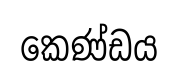
කෙණ්ඩය